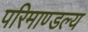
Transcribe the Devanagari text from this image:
परिमाण्डल्य